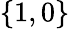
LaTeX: \left\{ 1,0\right\}